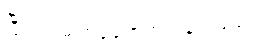
ပြီးရင် ဓါတ်ပုံတွေတင် ပေးမယ်။